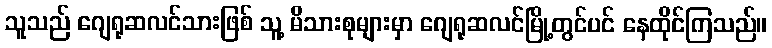
သူသည် ဂျေရုဆလင်သားဖြစ် သူ့ မိသားစုများမှာ ဂျေရုဆလင်မြို့တွင်ပင် နေထိုင်ကြသည်။